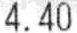
4.40